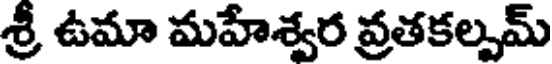
శ్రీ ఉమా మహేశ్వర వ్రతకల్పమ్